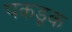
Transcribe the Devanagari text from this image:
पकडूक